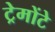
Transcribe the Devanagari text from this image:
ट्रेमोंटे